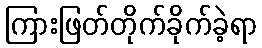
ကြားဖြတ်တိုက်ခိုက်ခဲ့ရာ